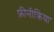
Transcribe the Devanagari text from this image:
फ़ीनीक्रिया